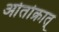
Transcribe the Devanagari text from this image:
ओतोक्रात्